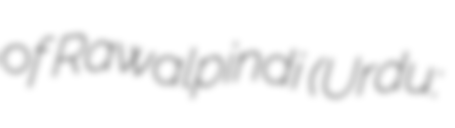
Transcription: of Rawalpindi (Urdu: ناظم